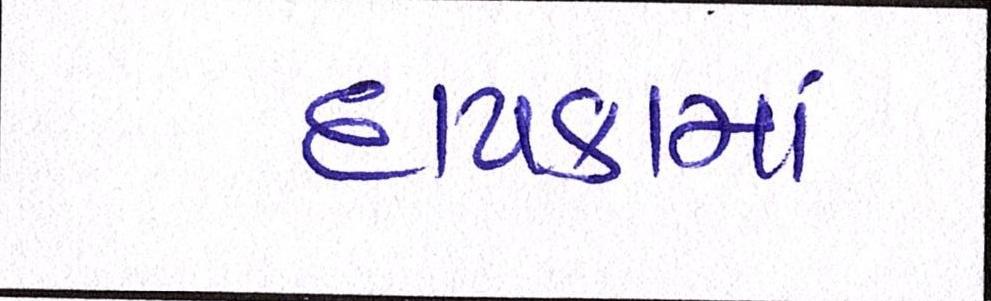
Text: દાયકામાં